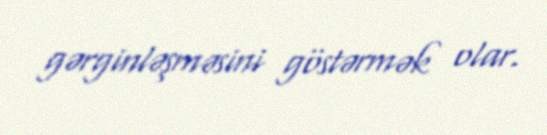
gərginləşməsini göstərmək olar.